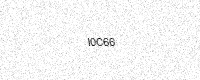
Text: I0C66